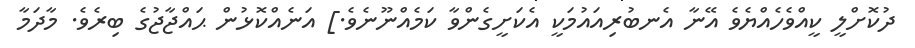
ދުކޮށްލީ ކީއްވެހެއްޔެވެ އޭނާ އެނބުރިއައުމަކީ އެކަށީގެންވާ ކަމެއްނޫނެވެ.] އަނެއްކޮޅުން ޙައްޖާޖުގެ ބިރެވެ. މާދަމާ